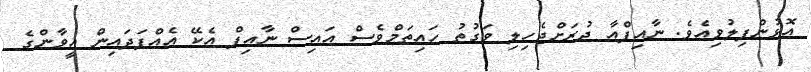
އޮޅުންފިލުވިއެވެ. ނާއިފްއާ ދުރަށްޖެހިލި ވަގުތު ހައިތަމްވެސް އައިސް ނާއިފް އެކޭ އެއްފަދައިން އީވާންގެ